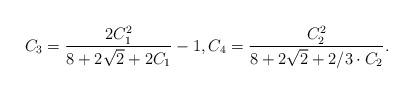
LaTeX: \begin{align*} C_3=\frac{2C_1^2}{8+2\sqrt{2}+2C_1}-1, C_4=\frac{C_2^2}{8+2\sqrt{2}+2/3\cdot C_2}.\end{align*}